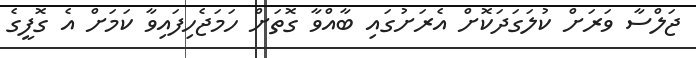
ޖަލްސާ ވަރަށް ކުލަގަދަކޮށް އެރަށުގައި ބާއްވާ ގޮތަށް ހަމަޖެހިފައިވާ ކަމަށް އެ ގޮފީގެ